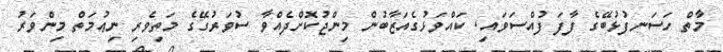
މާތް ހަސަނފުޅުބޭގެ ފާފަ ފުއްސަވައި